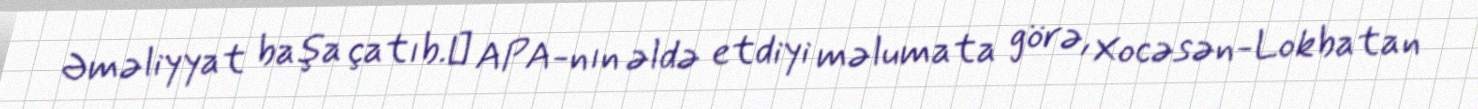
Əməliyyat başa çatıb.​ APA-nın əldə etdiyi məlumata görə, Xocəsən-Lokbatan